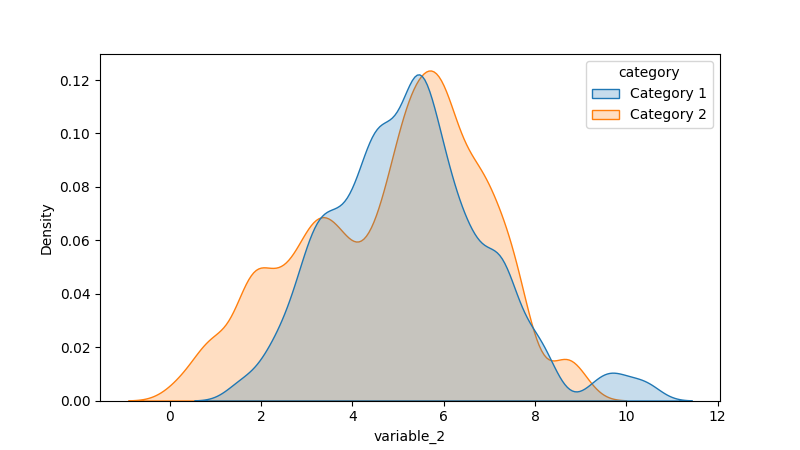
python, seaborn, kdeplot, hue='category', fill=True, bw_adjust=0.5